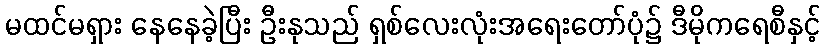
မထင်မရှား နေနေခဲ့ပြီး ဦးနုသည် ရှစ်လေးလုံးအရေးတော်ပုံ၌ ဒီမိုကရေစီနှင့်